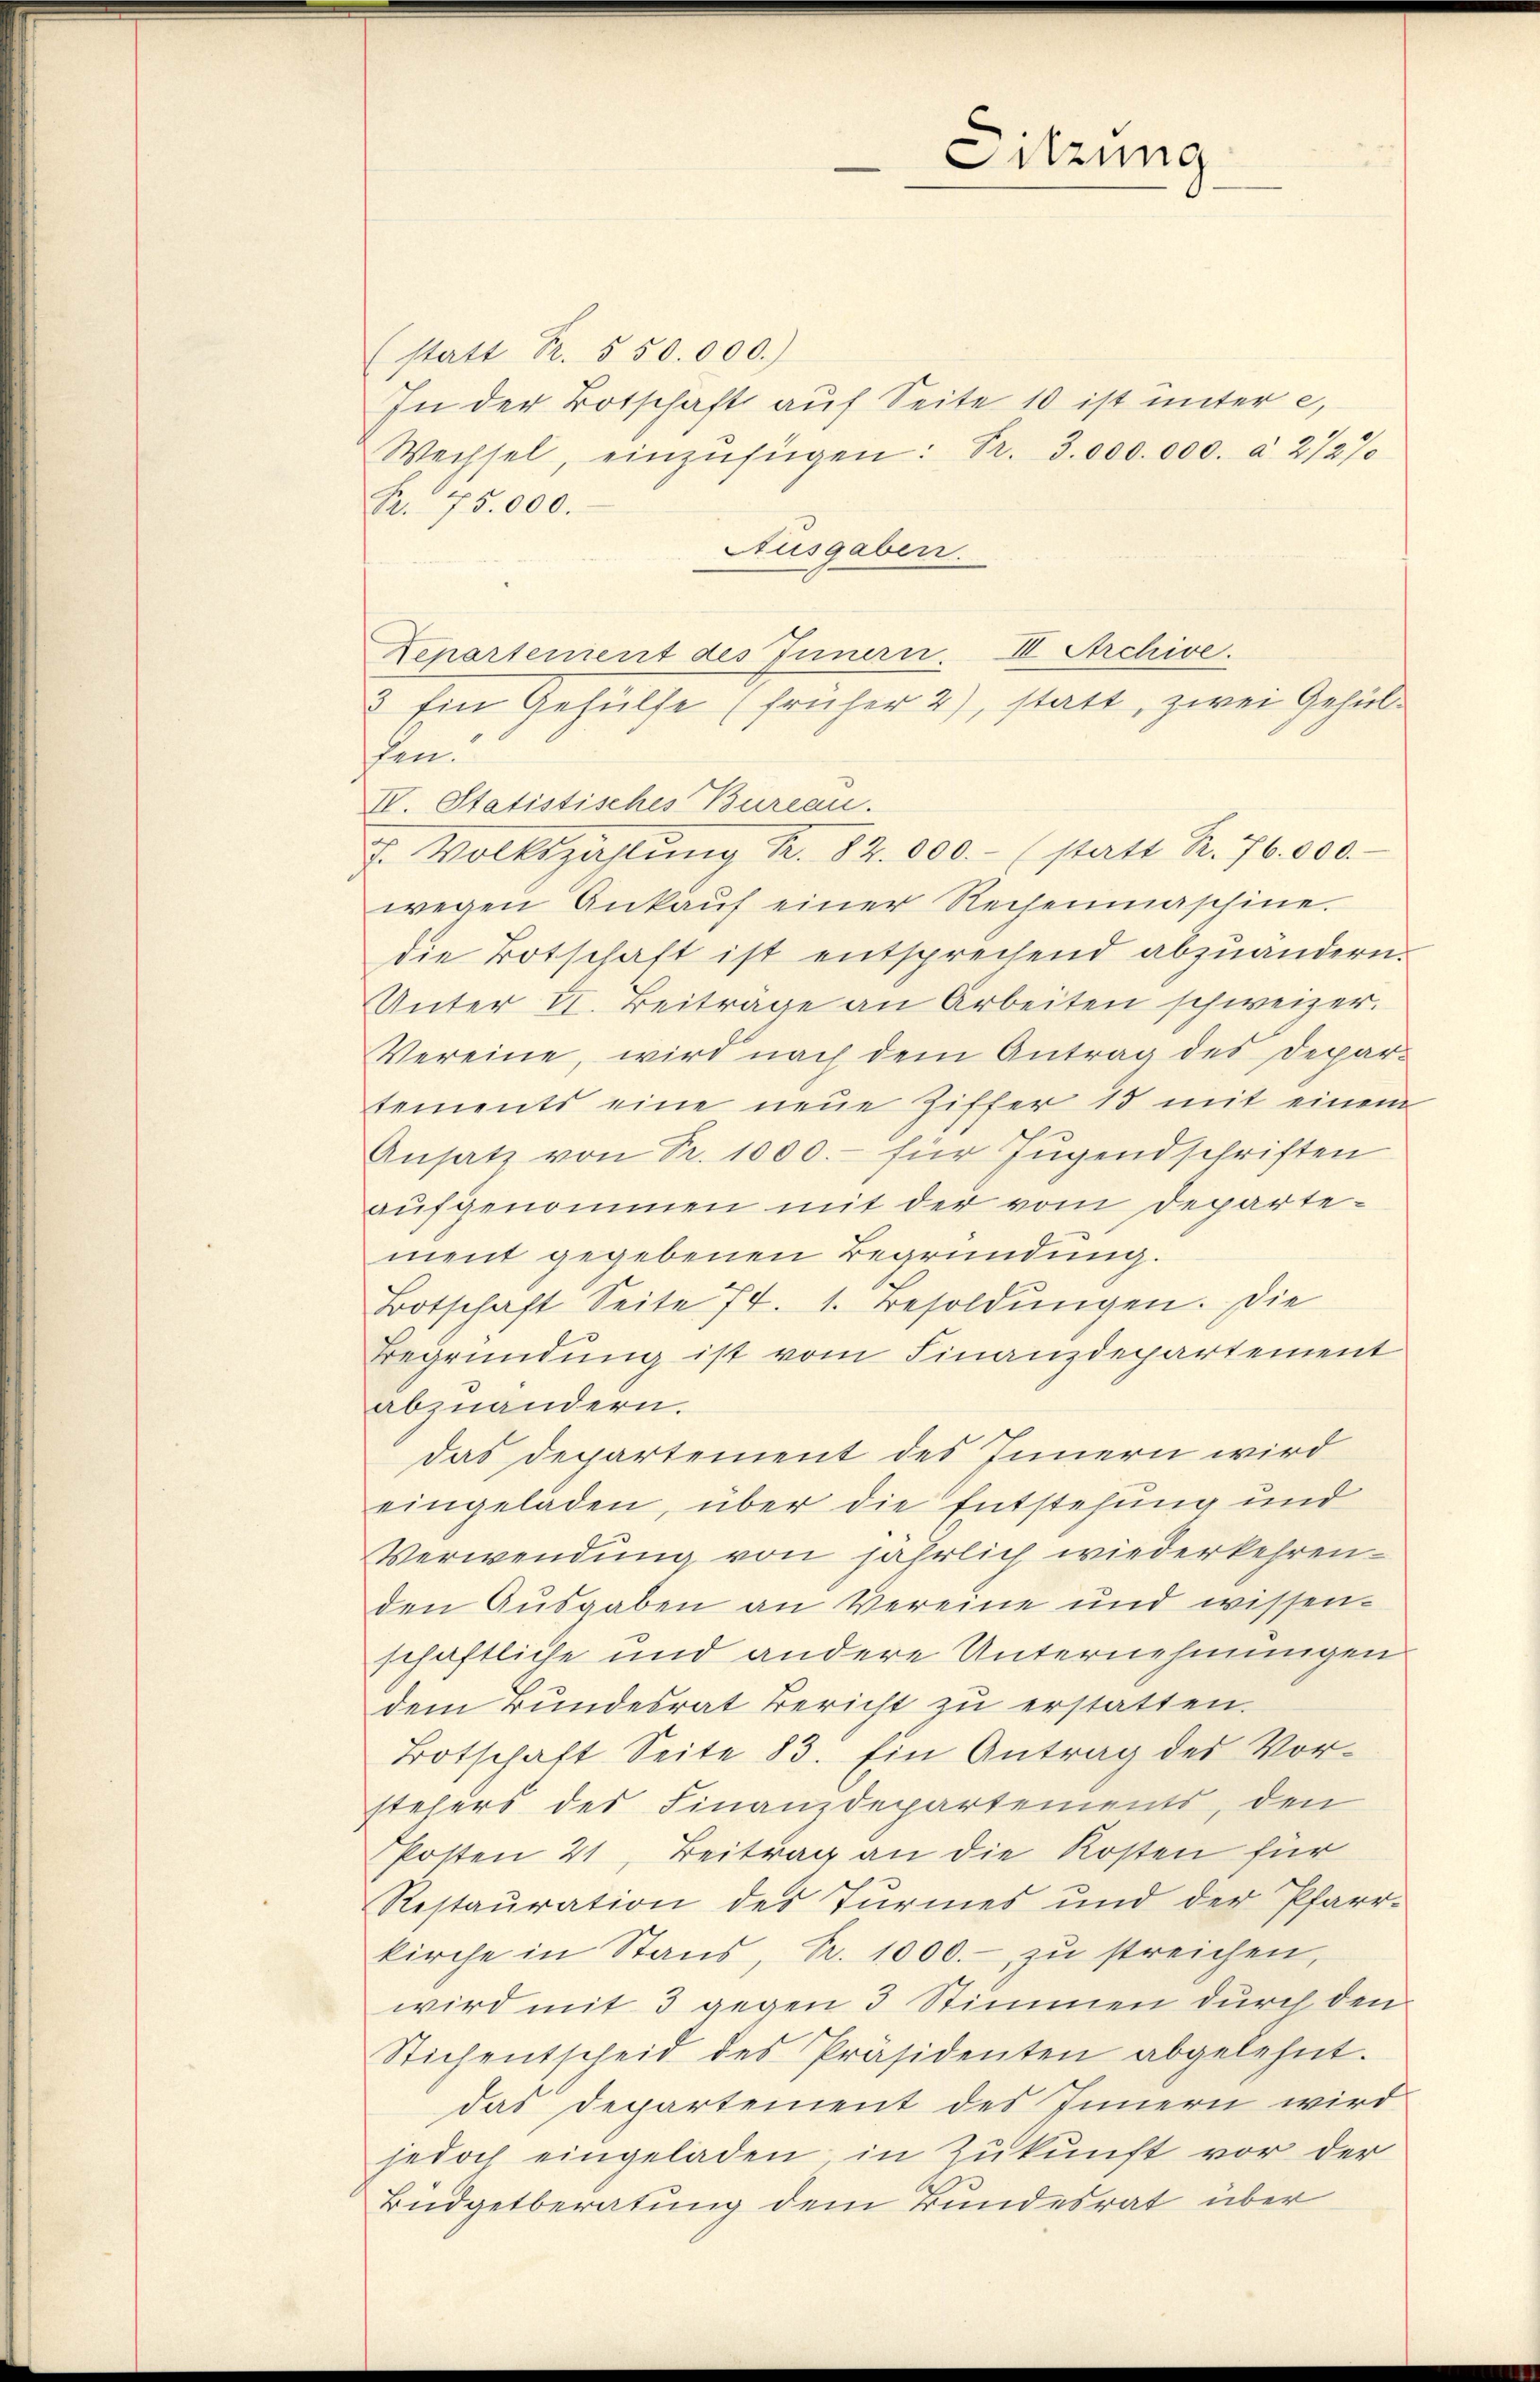
(statt Fr. 550.000.)
In der Botschaft auf Seite 10 ist unter e
Wechsel, einzŭfügen: Fr. 3.000. 000 à 272%
Fr. 75.000.
Ausgaben.
Departenient des Innern
3 Ein Gehülfe (früher 2), statt, zwei Gehülfen.
IV. Statistisches Bureau.
. Volkszahlŭng Nr. 82. 000.- (statt Fr. 76. 800.
wegen Ankaŭf einer Rechenmaschine.
die Botschaft ist entsprechend abzuändern.
Unter II. Beitrage an Arbeiten schweizer.
Vereine, wird nach dem Antrag des Depar-
tements eine neue Ziffer 15 mit einem
Ansatz von Fr. 1000.- für Jugendschriften
aufgenommen mit der vom Departement gegebenen Begründung.
Botschaft Seite 74. 1. Besoldŭngen. Die
Begründung ist vom Finanzdepartement
abzuändern.
das Departement des Innern wird
eingeladen, über die Entstehung und
Verwendung von jährlich wiederkehren.
den Ausgaben an Vereine und wissen-
schaftliche und andere Unternehmungen
dem Bundesrat Bericht zŭ erstatten.
Botschaft Seite 83. Ein Antrag des Vor-
stehers des Finanzdepartements, den
Posten 21, Beitrag an die Kosten für
Restauration des Turmes und der Pfarr-
kirche in Stand, Nr. 1000.- zu streichen,
wird mit 3 gegen 3 Stimmen durch den
Stichentscheid des Präsidenten abgelehnt.
das Departement des Innern wird
jedoch eingeladen in Zukunft vor der
Büdgetberatung dem Bundesrat über

Sitzung

III. Archive.